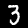
Label: 3